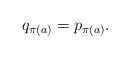
LaTeX: \begin{align*}q_{\pi(a)} = p_{\pi(a)}.\end{align*}